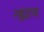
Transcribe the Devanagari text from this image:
न्ह्याय